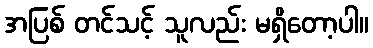
အပြစ် တင်သင့် သူလည်း မရှိတော့ပါ။